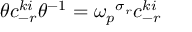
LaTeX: \theta c _ { - r } ^ { k i } \theta ^ { - 1 } = { \omega _ { p } } ^ { \sigma _ { r } } c _ { - r } ^ { k i }